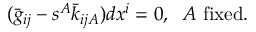
( \bar { g } _ { i j } - s ^ { A } \bar { k } _ { i j A } ) d x ^ { i } = 0 , \; \; A \mathrm { ~ f i x e d } .